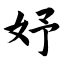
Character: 妤